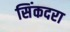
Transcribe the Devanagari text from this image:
सिंकदरा